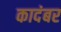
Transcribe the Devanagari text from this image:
कादंबर